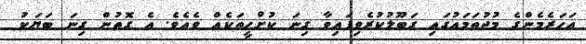
އަހަރެމެންގެ މުޖުތަމައުގައި ގަބޫލުކުރެވިފައިވާ ގިނަ ކުށްހީތަކެއް ވެއެވެ. އެ ގޮތުން ގިނަ ބަޔަކު